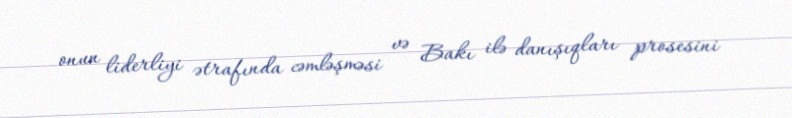
onun liderliyi ətrafında cəmləşməsi və Bakı ilə danışıqları prosesini